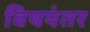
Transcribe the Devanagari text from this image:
विषयंतर